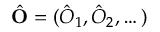
\hat { \mathbf { O } } = ( \hat { O } _ { 1 } , \hat { O } _ { 2 } , \dots )